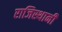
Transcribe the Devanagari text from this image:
राजिस्थानी